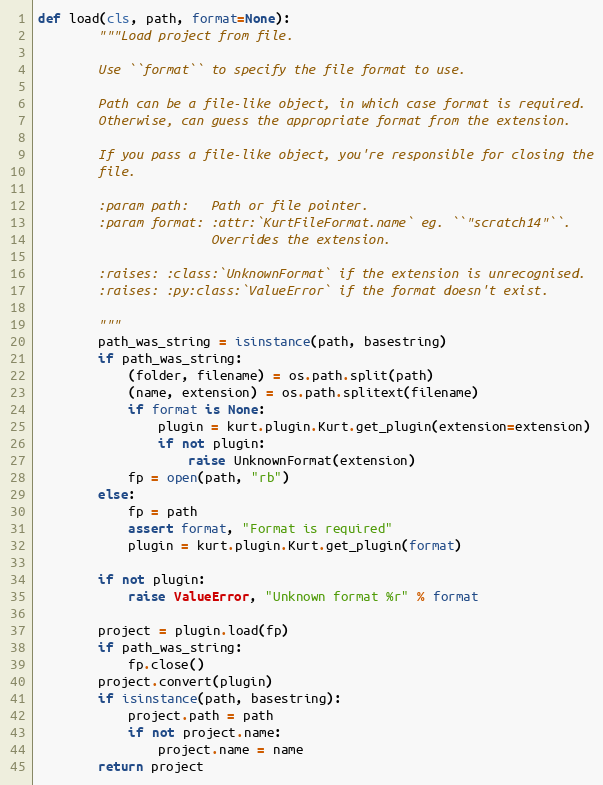
Language: Python
def load(cls, path, format=None):
        """Load project from file.

        Use ``format`` to specify the file format to use.

        Path can be a file-like object, in which case format is required.
        Otherwise, can guess the appropriate format from the extension.

        If you pass a file-like object, you're responsible for closing the
        file.

        :param path:   Path or file pointer.
        :param format: :attr:`KurtFileFormat.name` eg. ``"scratch14"``.
                       Overrides the extension.

        :raises: :class:`UnknownFormat` if the extension is unrecognised.
        :raises: :py:class:`ValueError` if the format doesn't exist.

        """
        path_was_string = isinstance(path, basestring)
        if path_was_string:
            (folder, filename) = os.path.split(path)
            (name, extension) = os.path.splitext(filename)
            if format is None:
                plugin = kurt.plugin.Kurt.get_plugin(extension=extension)
                if not plugin:
                    raise UnknownFormat(extension)
            fp = open(path, "rb")
        else:
            fp = path
            assert format, "Format is required"
            plugin = kurt.plugin.Kurt.get_plugin(format)

        if not plugin:
            raise ValueError, "Unknown format %r" % format

        project = plugin.load(fp)
        if path_was_string:
            fp.close()
        project.convert(plugin)
        if isinstance(path, basestring):
            project.path = path
            if not project.name:
                project.name = name
        return project